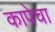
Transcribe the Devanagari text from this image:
कापेचा